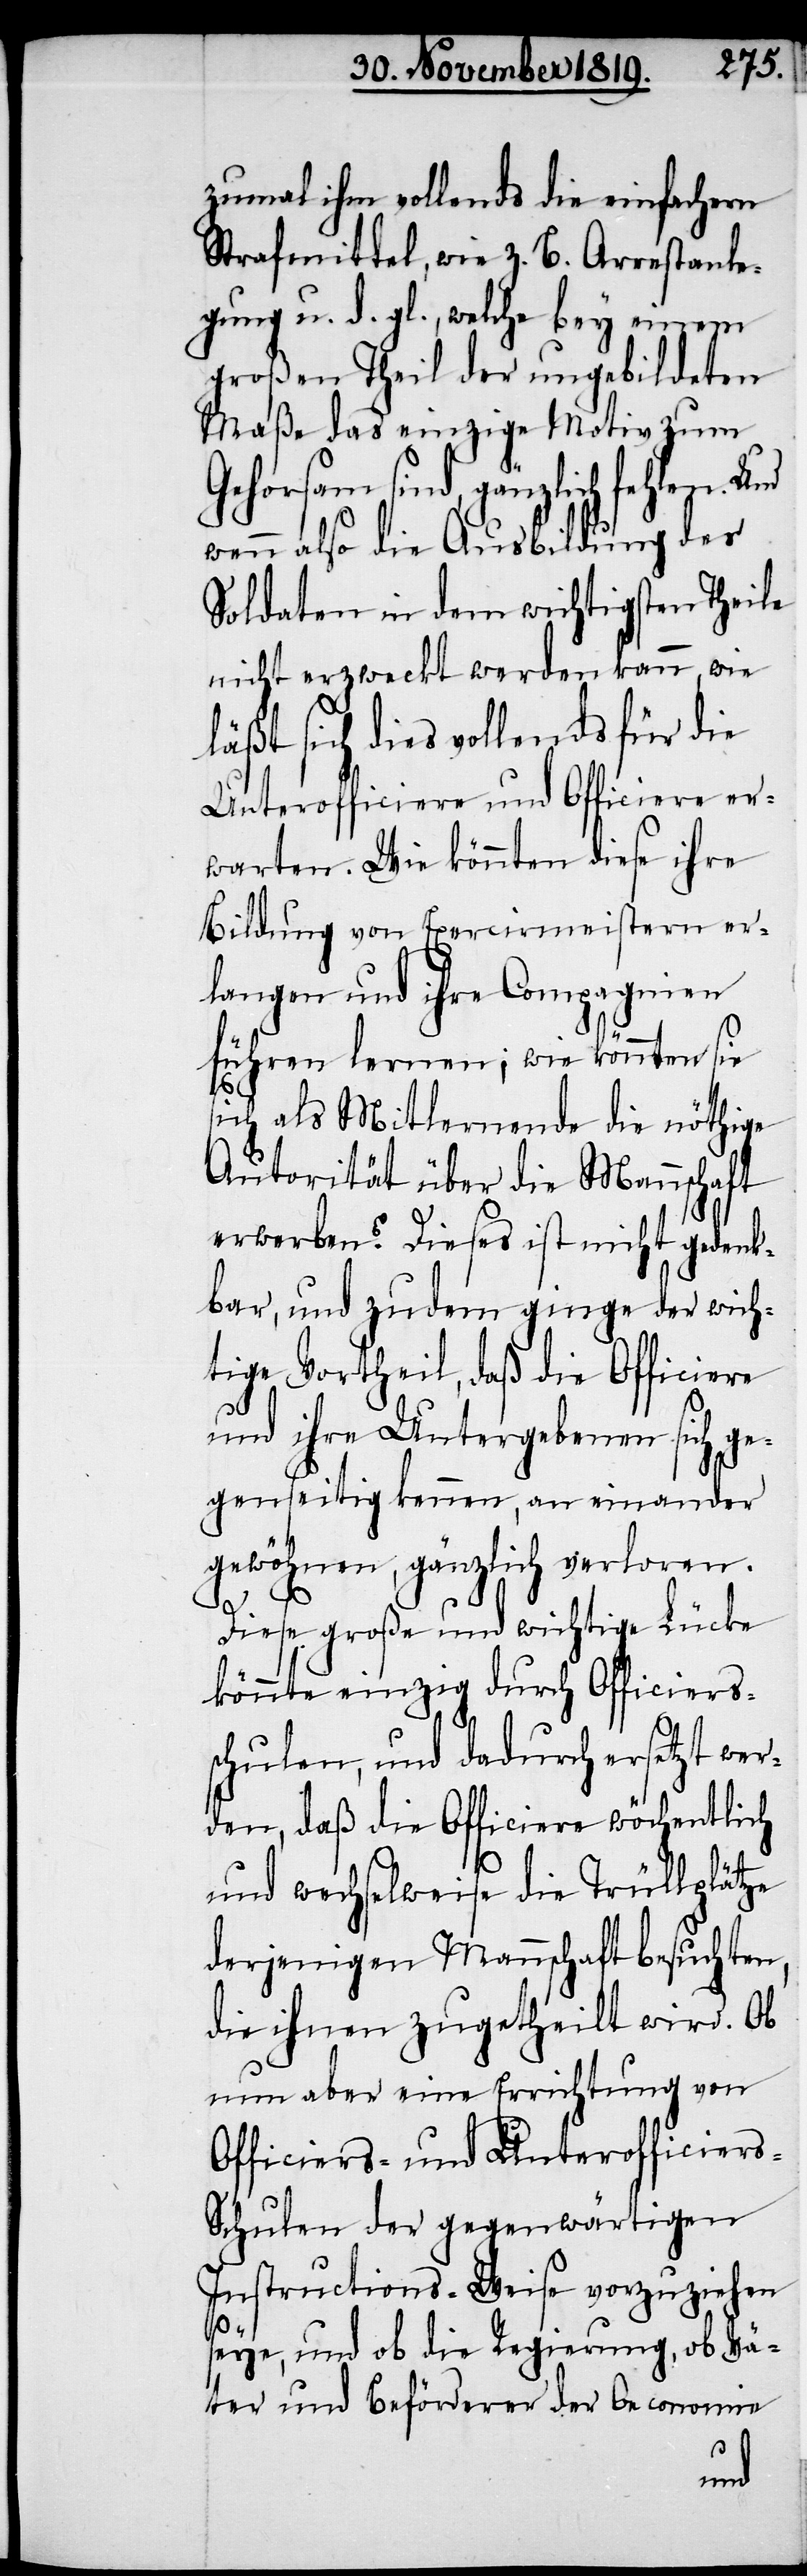
zumal ihm vollends die einfachern
Strafmittel, wie z. B. Arrestanle¬
gung u. d. gl., welche bey einem
großen Theil der ungebildeten
Maße das einzige Motiv zum
Gehorsam sind, gänzlich fehlen. Und
wenn also die Ausbildung der
Soldaten in dem wichtigsten Theile
nicht erzweckt werden kann, wie
läßt sich dies vollends für die
Unterofficiere und Officiere er¬
warten. Wie könnten diese ihre
Bildung von Exercirmeistern er¬
langen und ihre Compagnien
führen lernen; wie könnten sie
sich als Mitlernende die nöthige
Autorität über die Mannschaft
erwerben? Dieses ist nicht gedenk¬
bar, und zudem ginge der wich¬
tige Vortheil, daß die Officiere
und ihre Untergebenen sich ge¬
genseitig kennen, aneinander
gewöhnen, gänzlich verloren.
Diese große und wichtige Lücke
könnte einzig durch Officiers¬
schulen, und dadurch ersetzt wer¬
den, daß die Officiere wöchentlich
und wechselweise die Trüllplätze
derjenigen Mannschaft besuchten,
die ihnen zugetheilt wird. Ob
nun aber eine Errichtung von
Officiers- und Unterofficier¬
s-Schulen der gegenwärtigen
Instructions-Weise vorzuziehen
seye, und ob die Regierung, ob Vä¬
ter und Beförderer der Oeconomie